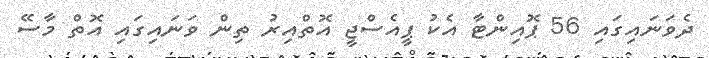
ދެވަނައިގައި 56 ޕޮއިންޓާ އެކު ޕީއެސްޖީ އޮތްއިރު ތިން ވަނައިގައި އޮތް މާސޭ